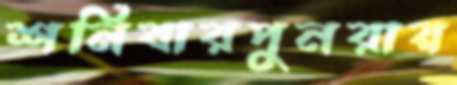
শনিবারপুনরায়